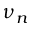
\nu _ { n }